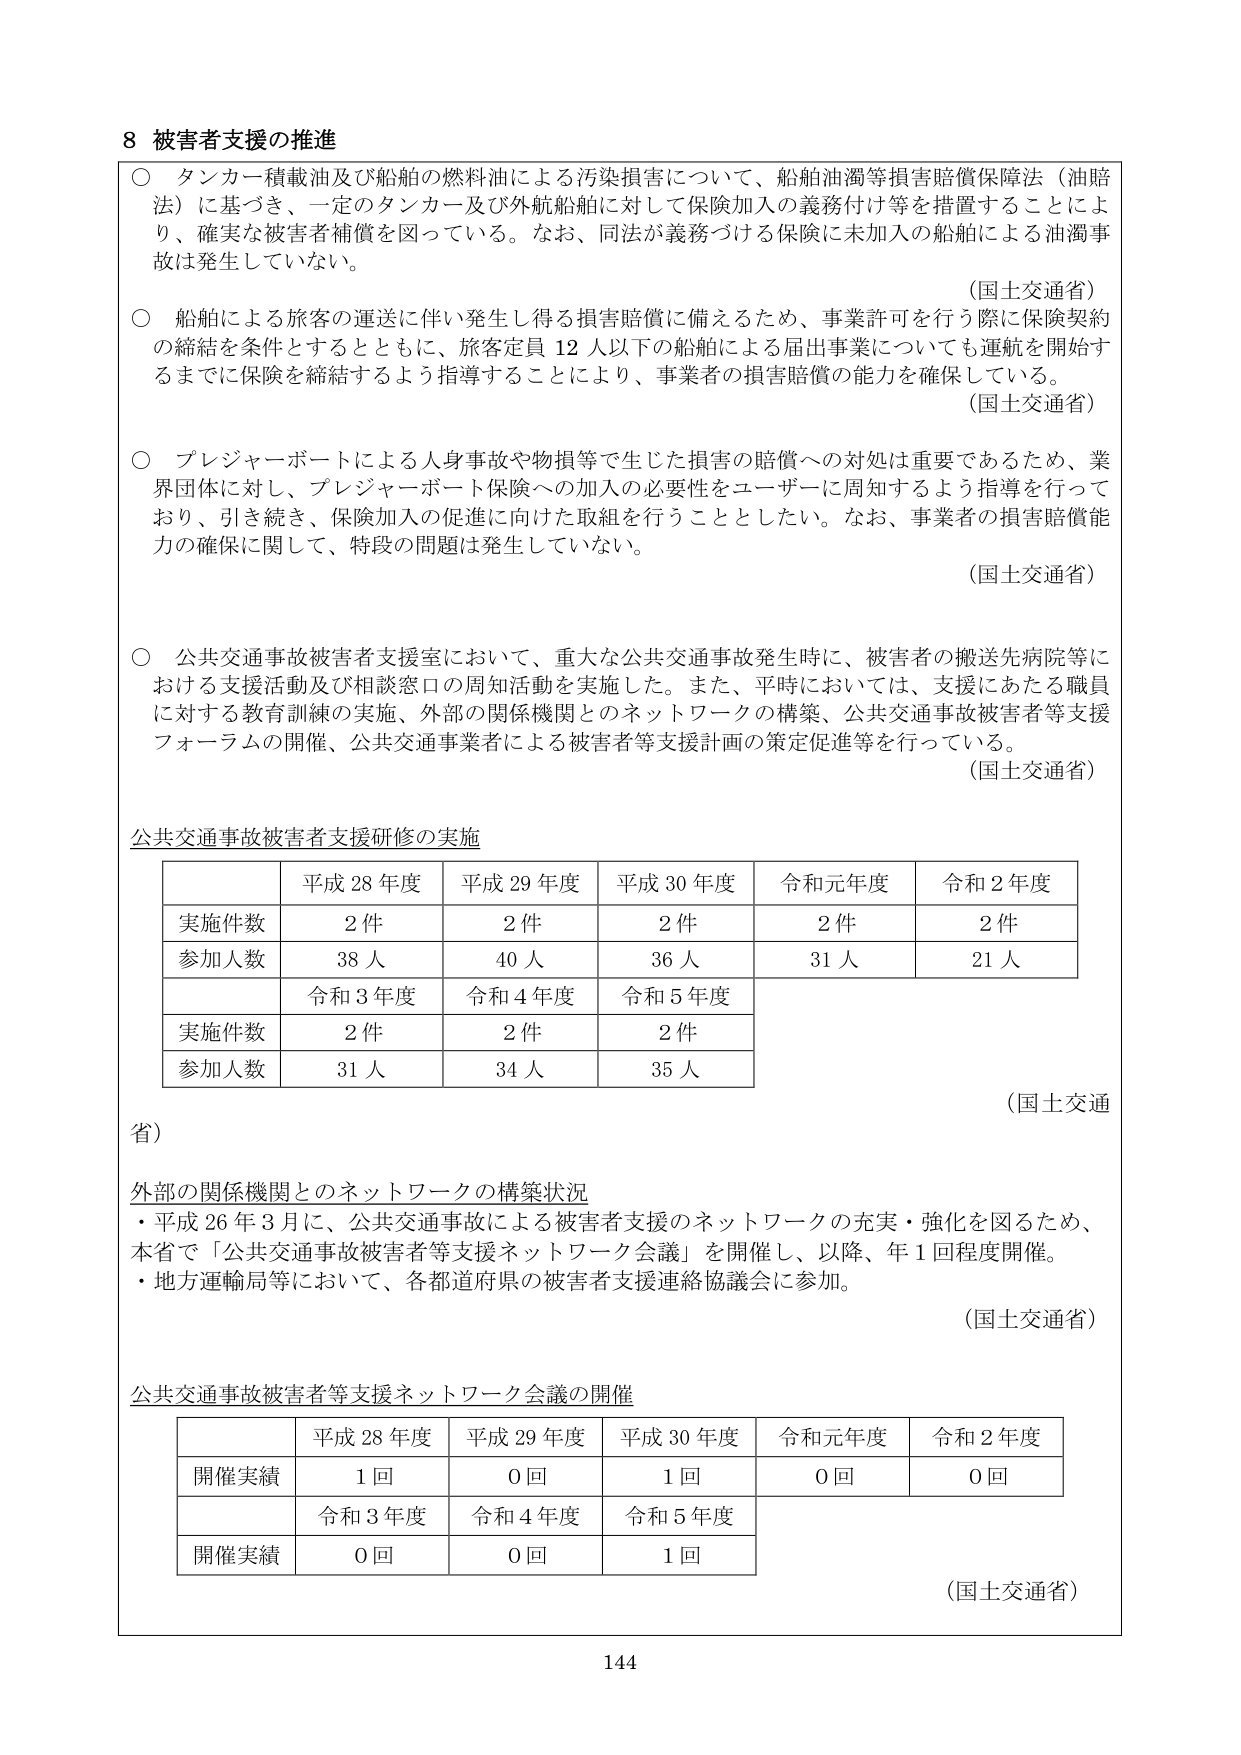
8 被害者支援の推進

○ タンカー積載油及び船舶の燃料油による汚染損害について、船舶油濁等損害賠償保障法（油賠法）に基づき、一定のタンカー及び外航船舶に対して保険加入の義務付け等を措置することにより、確実な被害者補償を図っている。なお、同法が義務づける保険に未加入の船舶による油濁事故は発生していない。
（国土交通省）

○ 船舶による旅客の運送に伴い発生し得る損害賠償に備えるため、事業許可を行う際に保険契約の締結を条件とするとともに、旅客定員12人以下の船舶による届出事業についても運航を開始するまでに保険を締結するよう指導することにより、事業者の損害賠償の能力を確保している。
（国土交通省）

○ ブレジャーボートによる人身事故や物損等で生じた損害の賠償への対処は重要であるため、業界団体に対し、ブレジャーボート保険への加入の必要性をユーザーに周知するよう指導を行っており、引き続き、保険加入の促進に向けた取組を行うこととした。なお、事業者の損害賠償能力の確保に関して、特段の問題は発生していない。
（国土交通省）

○ 公共交通事故被害者支援室において、重大な公共交通事故発生時に、被害者の搬送先病院等における支援活動及び相談窓口の周知活動を実施した。また、平時においては、支援にあたる職員に対する教育訓練の実施、外部の関係機関とのネットワークの構築、公共交通事故被害者等支援フォーラムの開催、公共交通事業者による被害者等支援計画の策定促進等を行っている。
（国土交通省）

公共交通事故被害者支援研修の実施

| | 平成28年度 | 平成29年度 | 平成30年度 | 令和元年度 | 令和2年度 |
|---|---|---|---|---|---|
| 実施件数 | 2件 | 2件 | 2件 | 2件 | 2件 |
| 参加人数 | 38人 | 40人 | 36人 | 31人 | 21人 |

| | 令和3年度 | 令和4年度 | 令和5年度 |
|---|---|---|---|
| 実施件数 | 2件 | 2件 | 2件 |
| 参加人数 | 31人 | 34人 | 35人 |

（国土交通省）

外部の関係機関とのネットワークの構築状況
・平成26年3月に、公共交通事故による被害者支援のネットワークの充実・強化を図るため、本省で「公共交通事故被害者等支援ネットワーク会議」を開催し、以降、年1回程度開催。
・地方運輸局等において、各都道府県の被害者支援連絡協議会に参加。
（国土交通省）

公共交通事故被害者等支援ネットワーク会議の開催

| | 平成28年度 | 平成29年度 | 平成30年度 | 令和元年度 | 令和2年度 |
|---|---|---|---|---|---|
| 開催実績 | 1回 | 0回 | 1回 | 0回 | 0回 |

| | 令和3年度 | 令和4年度 | 令和5年度 |
|---|---|---|---|
| 開催実績 | 0回 | 0回 | 1回 |

（国土交通省）

144